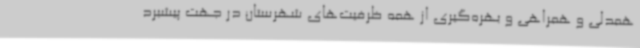
همدلی و همراهی و بهره‌گیری از همه ظرفیت‌های شهرستان در جهت پیشبرد